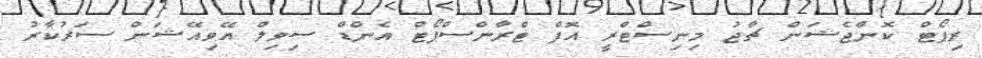
ރިޕޯޓް ކޮންޖެޝަން ޗާޖު މިނިސްޓްރީ އޮފް ޓްރާންސްޕޯޓް އެންޑް ސިވިލް އޭވިއޭޝަން ސަރުކާރު